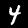
Digit: 4